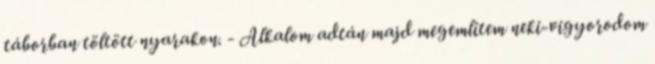
táborban töltött nyarakon. - Alkalom adtán majd megemlítem neki-vigyorodom